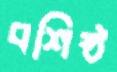
বশিষ্ঠ